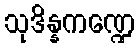
သုဒိန္နကဏ္ဍေ